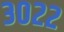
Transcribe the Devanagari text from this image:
३०२२